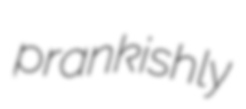
prankishly